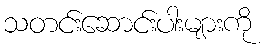
သတင်းဆောင်းပါးများကို